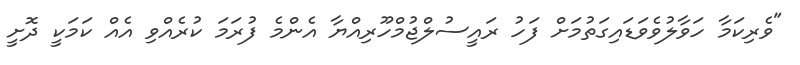
"ވެރިކަމާ ހަވާލުވެވަޑައިގަތުމަށް ފަހު ރައީސުލްޖުމްހޫރިއްޔާ އެންމެ ފުރަމަ ކުރެއްވި އެއް ކަމަކީ ދޮށީ